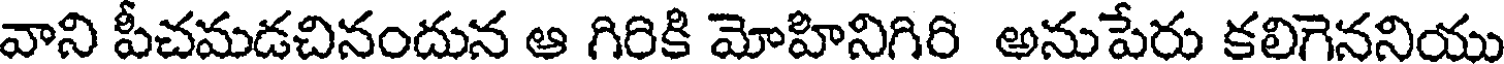
వాని పీచమడచినందున ఆ గిరికి మోహినిగిరి అనుపేరు కలిగెననియు